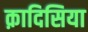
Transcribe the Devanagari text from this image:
क़ादिसिया